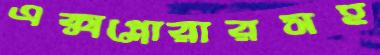
এক্সপ্লোরারসহ